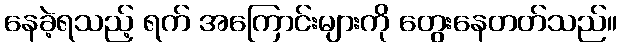
နေခဲ့ရသည့် ရက် အကြောင်းများကို တွေးနေတတ်သည်။